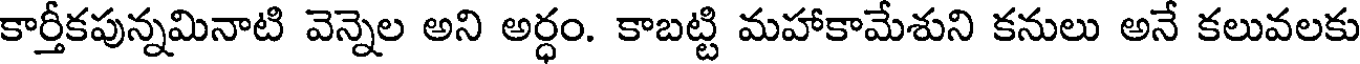
కార్తీకపున్నమినాటి వెన్నెల అని అర్ధం. కాబట్టి మహాకామేశుని కనులు అనే కలువలకు